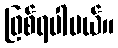
ဖြစ်ရပါမယ်။